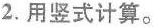
2.用竖式计算。